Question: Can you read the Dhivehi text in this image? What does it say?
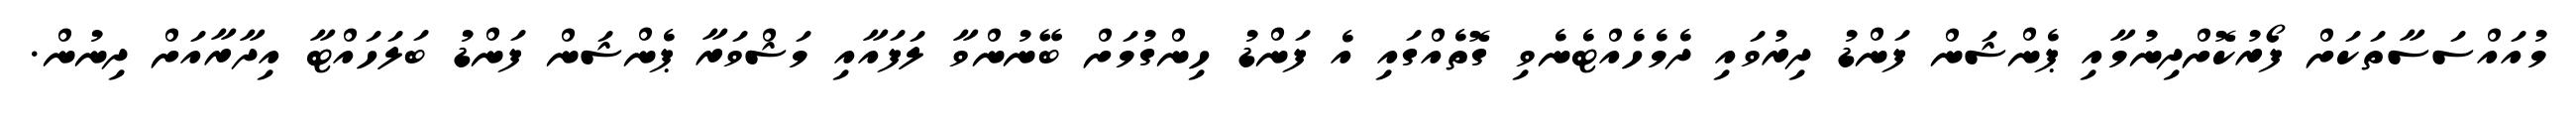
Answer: މުއައްސަސާތަކަށް ފޯރުކޮށްދިނުމާއި ޕެންޝަން ފަންޑު ދިރުވައި ދެމެހެއްޓެނެވި ގޮތެއްގައި އެ ފަންޑު ހިންގުމަށް ބޭނުންވާ ލަފައާއި މަޝްވަރާ ޕެންޝަން ފަންޑު ބަލަހައްޓާ އިދާރާއަށް ދިނުން.